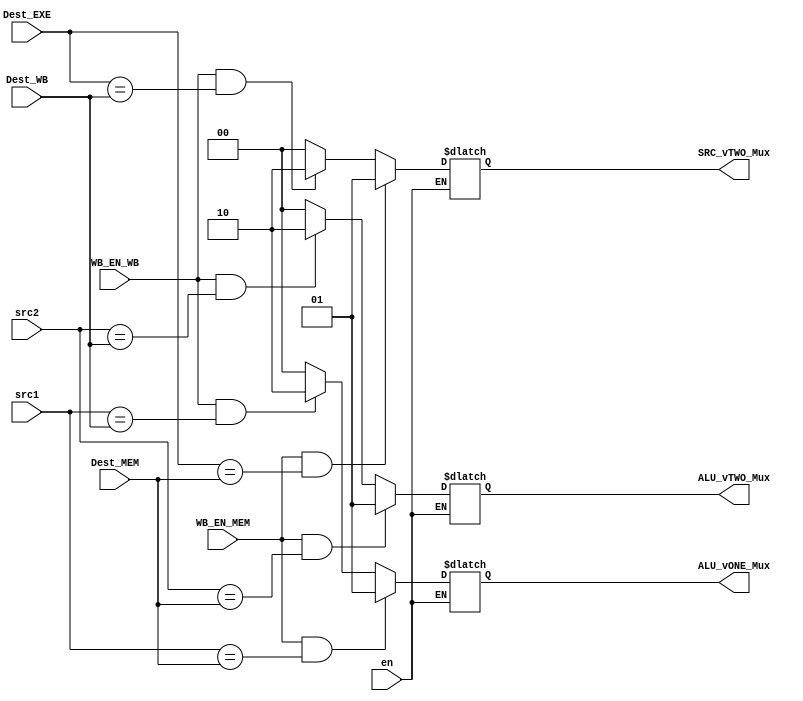
module ForwardDetect
    (
    	input en,
        input [4:0] src1, src2,
        Dest_EXE,
        Dest_MEM,
        Dest_WB,
        input WB_EN_MEM, WB_EN_WB,

        output reg [1:0] ALU_vONE_Mux, ALU_vTWO_Mux, SRC_vTWO_Mux
    );

    always @ ( * ) begin
		if(en) begin
			ALU_vONE_Mux = 2'b0;
			ALU_vTWO_Mux = 2'b0;
			SRC_vTWO_Mux = 2'b0;

			if(WB_EN_MEM && (src1 == Dest_MEM)) ALU_vONE_Mux <= 2'b01;
			else if(WB_EN_WB && (src1 == Dest_WB)) ALU_vONE_Mux <= 2'b10;


			if(WB_EN_MEM && (src2 == Dest_MEM)) ALU_vTWO_Mux <= 2'b01;
			else if(WB_EN_WB && (src2 == Dest_WB)) ALU_vTWO_Mux <= 2'b10;


			if(WB_EN_MEM && (Dest_EXE == Dest_MEM)) SRC_vTWO_Mux <= 2'b01;
			else if(WB_EN_WB && (Dest_EXE == Dest_WB)) SRC_vTWO_Mux <= 2'b10;
			
	   //      if (WB_EN_MEM) begin
	   //          if (src1 == Dest_MEM) begin
	   //              ALU_vONE_Mux <= 2'b01;
	   //          end
	   //          if (src2 == Dest_MEM) begin
	   //              ALU_vTWO_Mux <= 2'b01;
	   //          end
	   //          if(Dest_EXE == Dest_MEM) begin
	   //          	SRC_vTWO_Mux <= 2'b01;
	   //          end
	   //      end
	   //      else if (WB_EN_WB) begin
	   //          if (src1 == Dest_WB) begin
	   //              ALU_vONE_Mux <= 2'b10;
	   //          end
	   //          if (src2 == Dest_WB) begin
	   //              ALU_vTWO_Mux <= 2'b10;
	   //          end
				// if(Dest_EXE == Dest_WB) begin
	   //          	SRC_vTWO_Mux <= 2'b10;
	   //          end
	   //      end
	    end
    end

endmodule // ForwardDetect